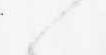
候